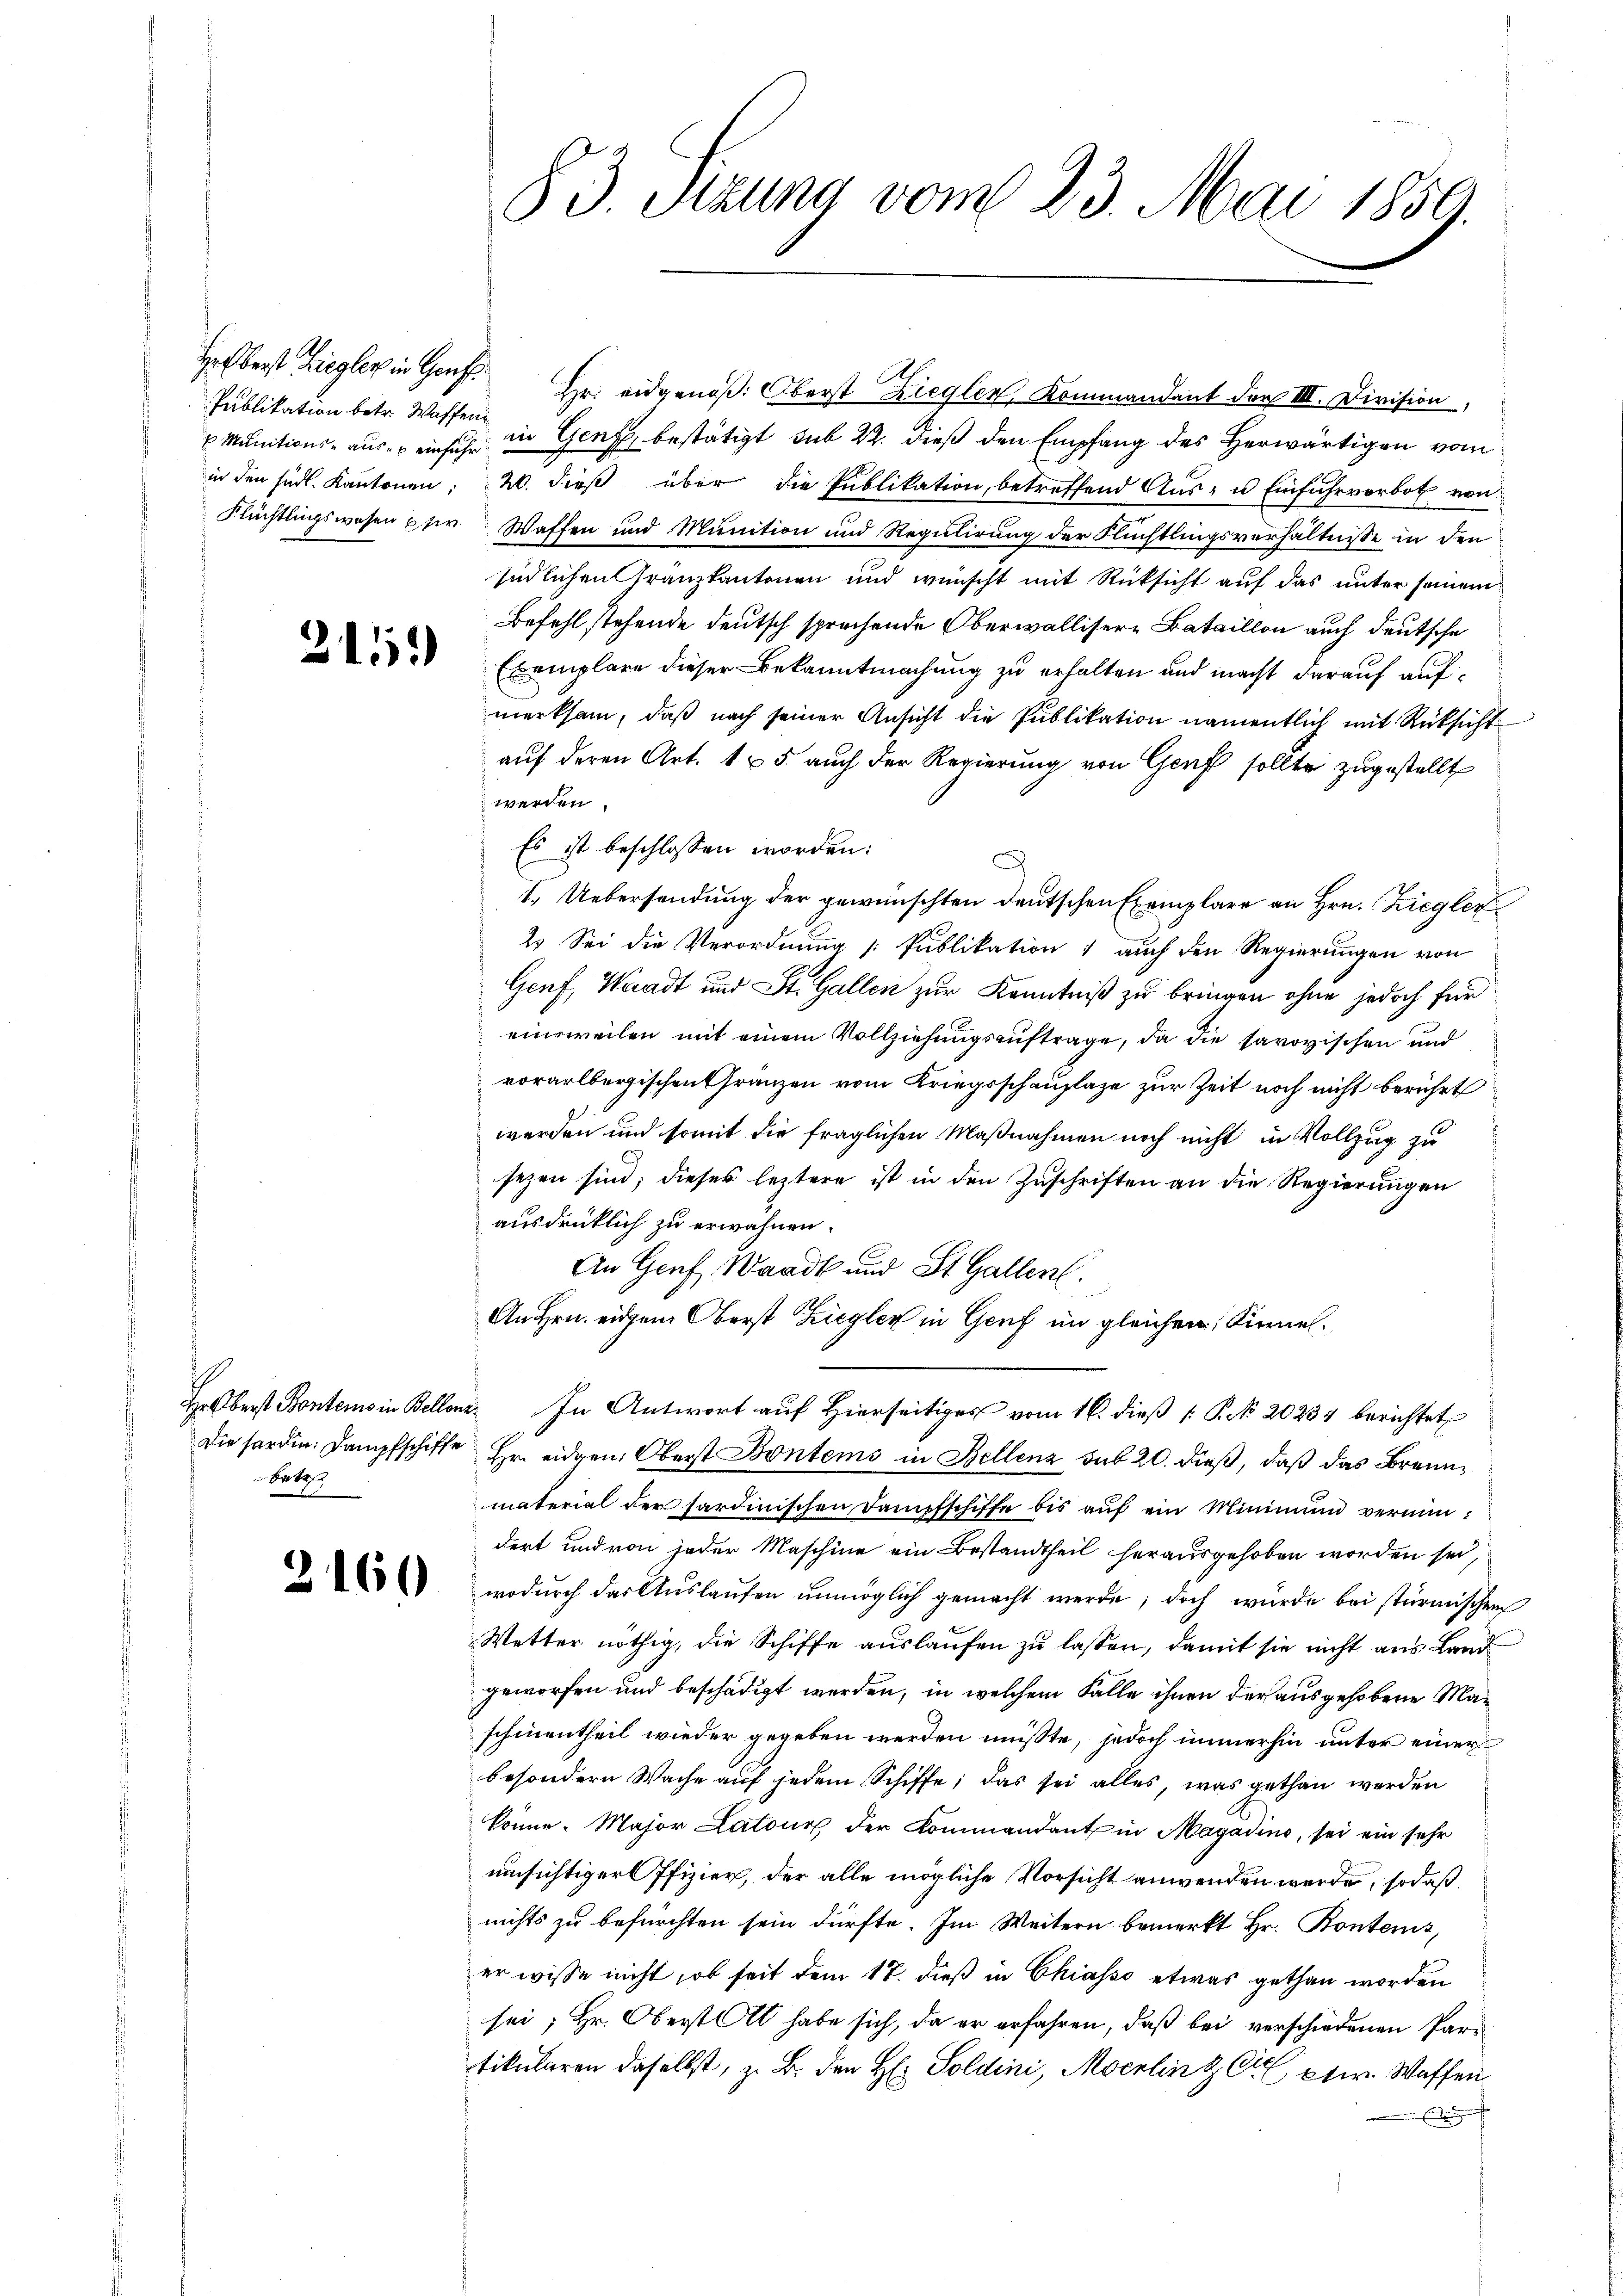
Publikation betr. Waffen

3

2

1552)

Nr 44

160

83. Stzung vom 23. Mai 1859.

Herberst Ziegler in Genf Hr. eidgenoß: Oberst Ziegler, Kommandant der III. Division,
Munitions- aus einsich in Genf bestätigt sub 22. dieß den Empfang des Herwärtigen vom
in den südl. Kantonen: 20. dieß über die Publikation, betreffend Aus- u Einfuhrverbot von
Flüchtlingswesen user Waffen und Munition und Regulirung der Flüchtlingsverhältnisse in den
südlichen Gränzkantonen und wünscht mit Rücksicht auf das unter seinem
Befehl stehende deutsch sprechende Oberwallisere Bataillon auch deutsche
Exemplare dieser Bekanntmachung zu erhalten und macht darauf aufmerksam, daß nach seiner Ansicht die Publikation namentlich mit Rücksicht
auf deren Art. 1 & 5 auch der Regierung von Genf sollte zugestellt
werden.
Es ist beschlossen worden:
I. Uebersendung der gewünschten deutschen Exemplare an Hrn. Ziegler¬
2. Sei die Verordnung Publikation 1 auch den Regierungen von
Genf, Waadt und St. Gallen zur Kenntniß zu bringen ohne jedoch für
einsweilen mit einem Vollziehungsauftrage, da die savoyischen und
vorarlbergischen Gränzen vom Kriegsschauplaze zur Zeit noch nicht berührt
werden und somit die fraglichen Maßnahmen noch nicht in Vollzug zu
sezen sind; dieses leztere ist in den Zuschriften an die Regierungen
ausdrüklich zu erwähnen.
An Genf, Waadt und St. Gallen.
An Hrn. eidem Oberst Ziegler in Genf im gleichen Sinne.
H. Oberst Bontens in Bellenz. In Antwort auf Hierseitiger vom 16. dieß [ Pk 20234 berichtet
Die forden. Dampfschiffe Hr. eidgen. Oberst Bontems in Bellenz sub 20. dieß, daß das Brennmaterial der sardinischen Dampfschiffe bis aŭf ein Minimum vermindert und von jeder Maschine ein Bestandtheil herausgehoben worden sei,
wodurch das Auslaufen unmöglich gemacht werde; doch würde bei stürmischen
Wetter nöthig, die Schiffe auslaufen zu lassen, damit sie nicht aus Landgeworfen und beschädigt werden, in welchem Falle ihnen der ausgehobene Maschientheil wieder gegeben werden müßte, jedoch immerhin unter einer
besondern Wache auf jedem Schiffe; das sei alles, was gethan werden
könne. Major Latour der Kommandant in Magadino, sei ein sehr
umsichtiger Offizier, der alle mögliche Vorsicht anwenden werde, sodaß
nichts zu befürchten sein dürfte. Im Weitern bemerkt Hr. Kontens,
er wisse nicht, ob seit dem 17. dieß in Chiasso etwas gethan worden
sei; Hr. Oberst Ott habe sich, da er erfahren, daß bei verschiedenen Partikularen daselbst, z. B. den H: Soldini, Moerlin z C ptr. Waffen